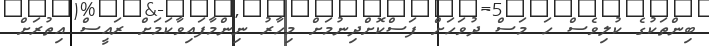
ބިންތަކުގެ ކުލިވެސް ހަ މަސް ދުވަހަށް ފަސްކޮށްދިނުމަށް މިހާރު ނިންމާފައިވާކަމަށް ރައީސް އިތުރަށް